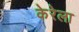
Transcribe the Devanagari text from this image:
केरेला